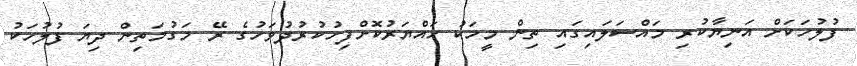
ފުލުހަކަށް އަނިޔާކުރި މައްސަލައިގައި ތިން މީހަކު ހައްޔަރުކޮށްފިހުކުރުދުވަހުގެ ރޭ މަގުމަތިން ދިޔަ ފުލުހަކު